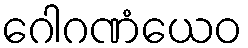
ဂေါဂဏံယေဝ